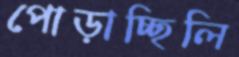
পোড়াচ্ছিলি